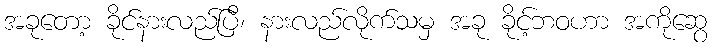
အခုတော့ ခိုင်နားလည်ပြီ၊ နားလည်လိုက်သမှ အခု ခိုင့်ဘဝဟာ အကိုဆွေ